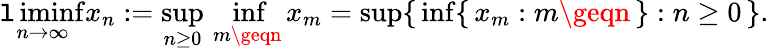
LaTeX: \operatorname*{\mathtt{l}iminf}_{n\to\infty}x_{n}:=\operatorname*{sup}_{n\geq0}\, \operatorname*{inf}_{m\geqn}x_{m}=\operatorname*{sup}\{ \, \operatorname*{inf}\{ \, x_{m}:m\geqn\, \} :n\geq0\, \} .